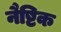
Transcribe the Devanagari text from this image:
नैष्टिक